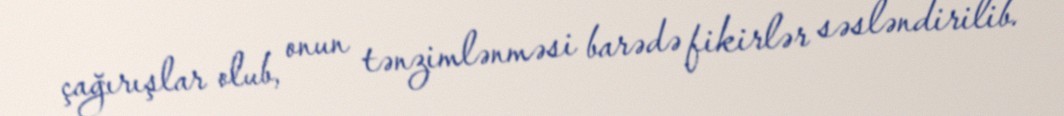
çağırışlar olub, onun tənzimlənməsi barədə fikirlər səsləndirilib.